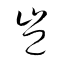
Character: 豈